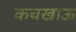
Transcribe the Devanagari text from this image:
कचखाऊ